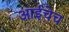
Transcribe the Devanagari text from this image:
आईचेच